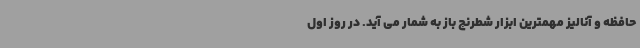
حافظه و آنالیز مهمترین ابزار شطرنج باز به شمار می آید. در روز اول